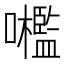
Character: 𡅋